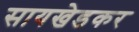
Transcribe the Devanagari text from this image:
सायखेडकर